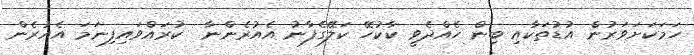
ހަމަކަށަވަރުން އުޑުތަކާއި ބިން ހެއްދެވީ ކާކުހޭ ކަލޭގެފާނު އެއުރެންނާ  ކުރައްވައިފިނަމަ އެއުރެން